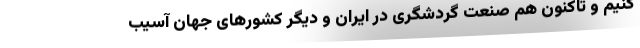
کنیم و تاکنون هم صنعت گردشگری در ایران و دیگر کشور‌های جهان آسیب